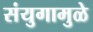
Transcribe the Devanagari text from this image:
संयुगामुळे